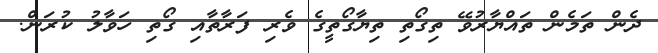
ދެން ތަމެން ތައްޔާރުވޭ ތިގޯތި ތިޔާގޯތީގެ ވެރި ފަރާތާއި ގޯތި ހަވާލު ކުރަން.